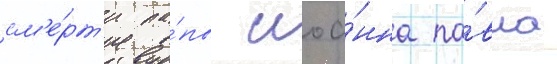
см'е́рт'и па́пы иоа́нна па́вла